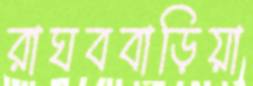
রাঘববাড়িয়া